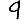
Digit: 9